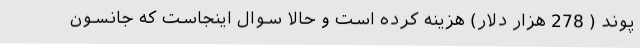
پوند ( 278 هزار دلار) هزینه کرده است و حالا سوال اینجاست که جانسون